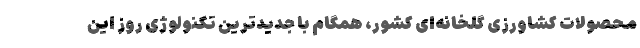
محصولات کشاورزی گلخانه‌ای کشور، همگام با جدیدترین تکنولوژی روز این